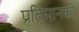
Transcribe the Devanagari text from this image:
प्रतिमानकों